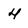
Character: 4